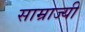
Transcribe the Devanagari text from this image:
साम्राज्यी